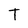
Character: T